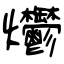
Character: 爩